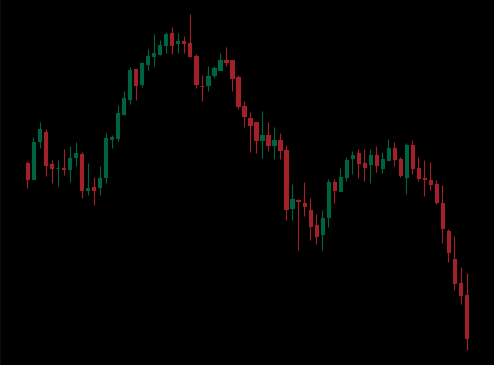
Pattern: head_shoulders